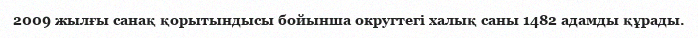
2009 жылғы санақ қорытындысы бойынша округтегі халық саны 1482 адамды құрады.